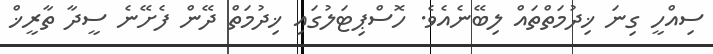
ސިއްހީ ގިނަ ޚިދުމަތްތައް ލިބޭނެއެވެ. ހޮސްޕިޓަލުގައި ޚިދުމަތް ދޭން ފެށޭނެ ސީދާ ތާރީޚް